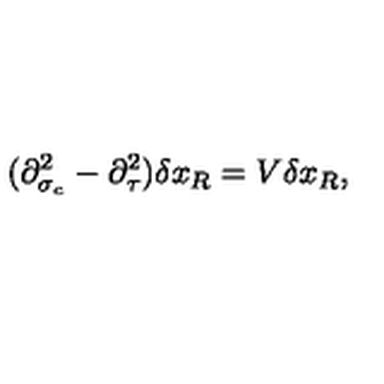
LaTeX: ( \partial _ { \sigma _ { c } } ^ { 2 } - \partial _ { \tau } ^ { 2 } ) \delta x _ { R } = V \delta x _ { R } ,